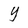
Character: Y